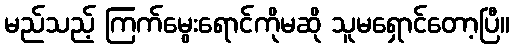
မည်သည့် ကြက်မွေးရောင်ကိုမဆို သူမရှောင်တော့ပြီ။